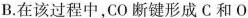
B.在该过程中，CO断键形成C和О